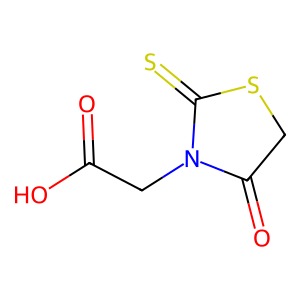
SMILES: O=C(O)CN1C(=O)CSC1=S
Inhibits HIV replication: No